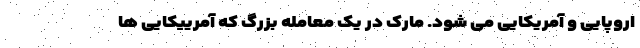
اروپایی و آمریکایی می شود. مارک در یک معامله بزرگ که آمرییکایی ها